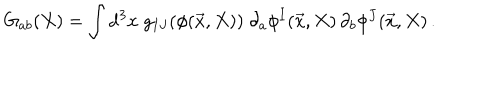
G _ { a b } ( X ) = \int \mathrm { d } ^ { 3 } x \; g _ { I J } ( \phi ( \vec { x } , X ) ) \; \partial _ { a } \phi ^ { I } ( \vec { x } , X ) \, \partial _ { b } \phi ^ { J } ( \vec { x } , X ) \, .